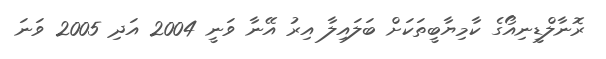
ރޮނާލްޑީނިއޯގެ ކާމިޔާބީތަކަށް ބަލައިލާ އިރު އޭނާ ވަނީ 2004 އަދި 2005 ވަނަ